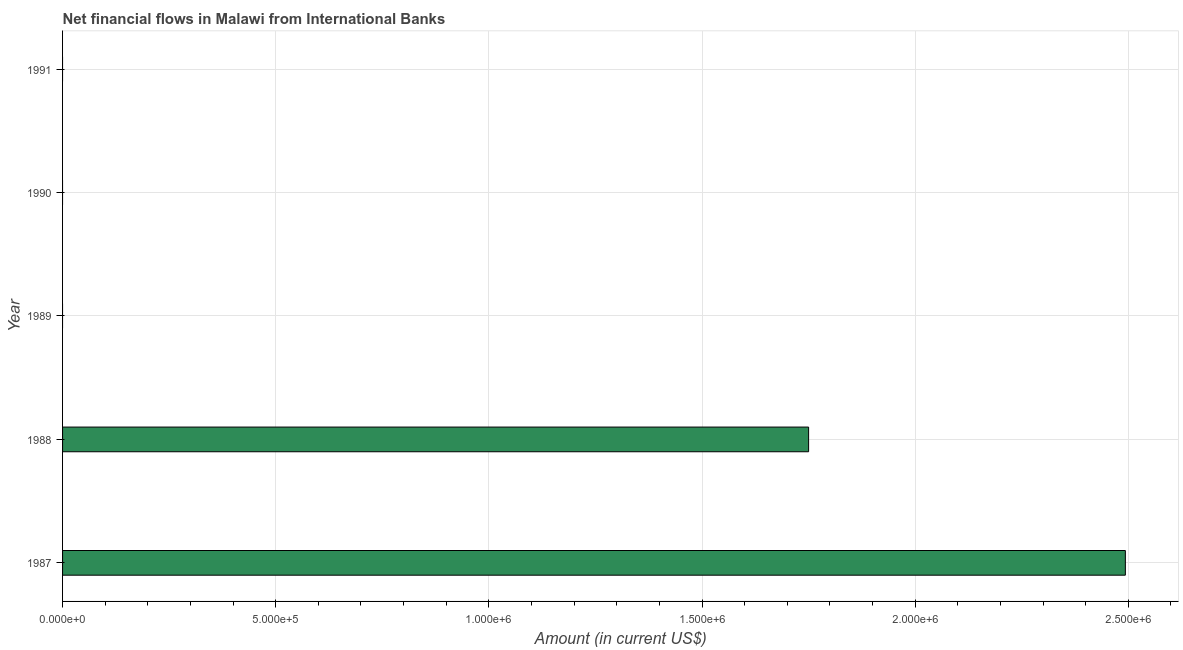
| Year | Net financial flows from IBRD |
 | --- | --- |
 | 1987 | 2.49e+06 |
 | 1988 | 1.75e+06 |
 | 1989 | -4.75e+06 |
 | 1990 | -5.46e+06 |
 | 1991 | -6.8e+06 |